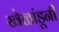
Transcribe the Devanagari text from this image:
खेळांडूनी